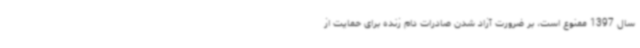
سال 1397 ممنوع است، بر ضرورت آزاد شدن صادرات دام زنده برای حمایت از